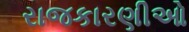
રાજકારણીઓ